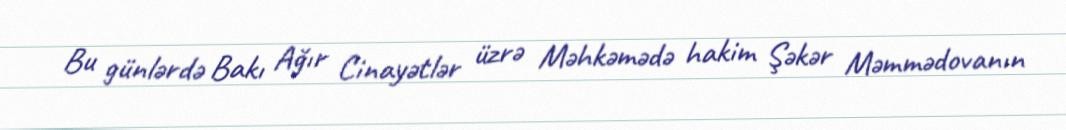
Bu günlərdə Bakı Ağır Cinayətlər üzrə Məhkəmədə hakim Şəkər Məmmədovanın